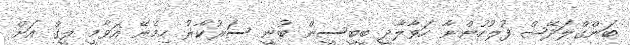
ބަންގްލަދޭޝް ފުލުހުންނާ ހަވާލާދީ ބީބީސީން ބުނީ ސަރުކާރު ހިމެނޭ އަވާމީ ލީގް އަށް